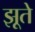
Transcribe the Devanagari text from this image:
झूते